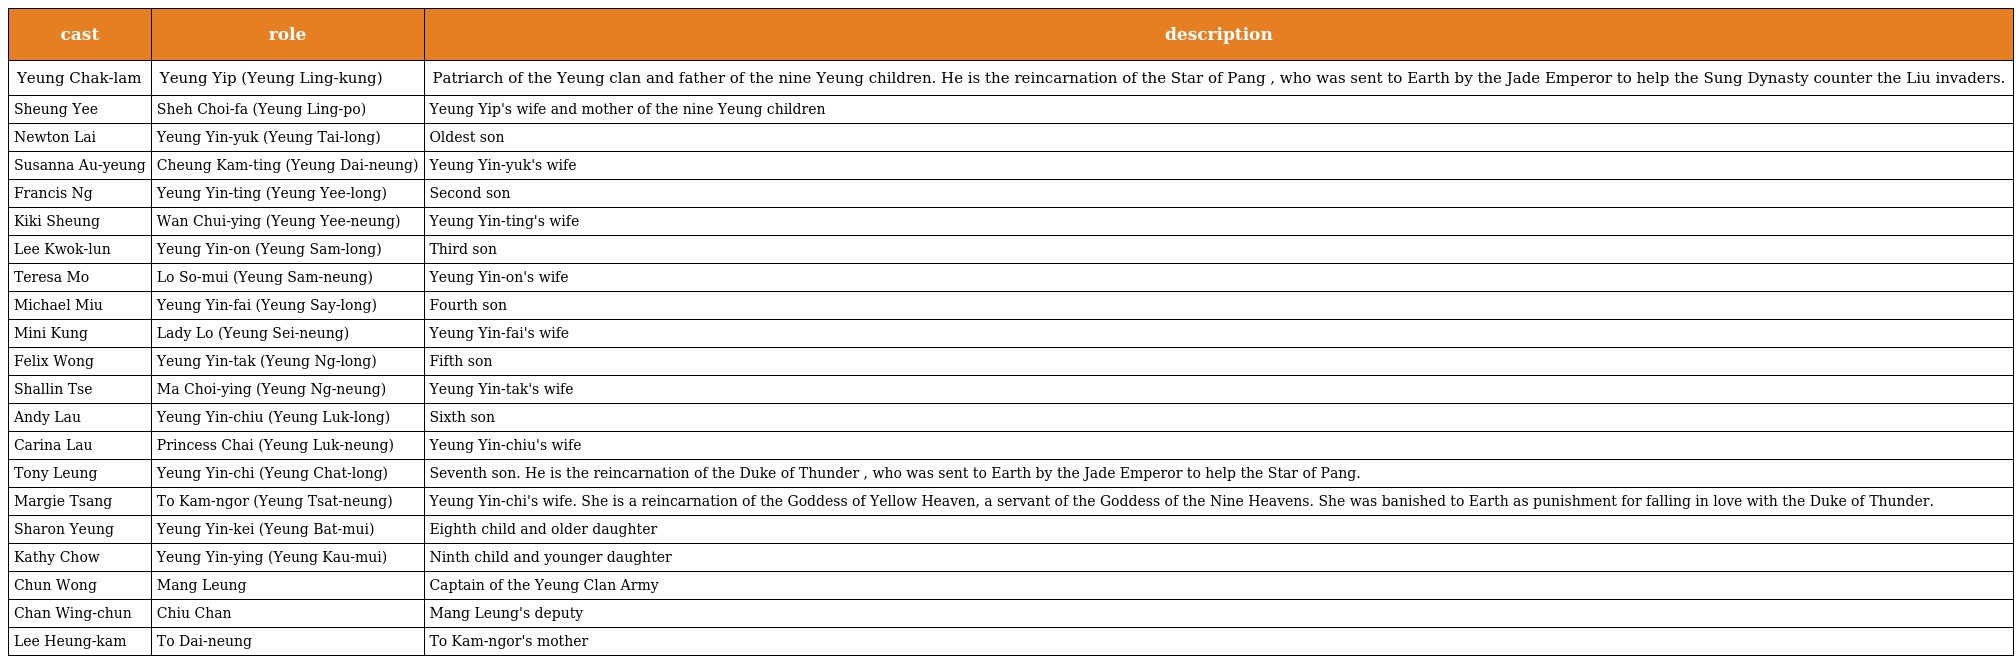
| cast | role | description |
 | --- | --- | --- |
 | Yeung Chak-lam | Yeung Yip (Yeung Ling-kung) | Patriarch of the Yeung clan and father of the nine Yeung children. He is the reincarnation of the Star of Pang , who was sent to Earth by the Jade Emperor to help the Sung Dynasty counter the Liu invaders. |
 | Sheung Yee | Sheh Choi-fa (Yeung Ling-po) | Yeung Yip's wife and mother of the nine Yeung children |
 | Newton Lai | Yeung Yin-yuk (Yeung Tai-long) | Oldest son |
 | Susanna Au-yeung | Cheung Kam-ting (Yeung Dai-neung) | Yeung Yin-yuk's wife |
 | Francis Ng | Yeung Yin-ting (Yeung Yee-long) | Second son |
 | Kiki Sheung | Wan Chui-ying (Yeung Yee-neung) | Yeung Yin-ting's wife |
 | Lee Kwok-lun | Yeung Yin-on (Yeung Sam-long) | Third son |
 | Teresa Mo | Lo So-mui (Yeung Sam-neung) | Yeung Yin-on's wife |
 | Michael Miu | Yeung Yin-fai (Yeung Say-long) | Fourth son |
 | Mini Kung | Lady Lo (Yeung Sei-neung) | Yeung Yin-fai's wife |
 | Felix Wong | Yeung Yin-tak (Yeung Ng-long) | Fifth son |
 | Shallin Tse | Ma Choi-ying (Yeung Ng-neung) | Yeung Yin-tak's wife |
 | Andy Lau | Yeung Yin-chiu (Yeung Luk-long) | Sixth son |
 | Carina Lau | Princess Chai (Yeung Luk-neung) | Yeung Yin-chiu's wife |
 | Tony Leung | Yeung Yin-chi (Yeung Chat-long) | Seventh son. He is the reincarnation of the Duke of Thunder , who was sent to Earth by the Jade Emperor to help the Star of Pang. |
 | Margie Tsang | To Kam-ngor (Yeung Tsat-neung) | Yeung Yin-chi's wife. She is a reincarnation of the Goddess of Yellow Heaven, a servant of the Goddess of the Nine Heavens. She was banished to Earth as punishment for falling in love with the Duke of Thunder. |
 | Sharon Yeung | Yeung Yin-kei (Yeung Bat-mui) | Eighth child and older daughter |
 | Kathy Chow | Yeung Yin-ying (Yeung Kau-mui) | Ninth child and younger daughter |
 | Chun Wong | Mang Leung | Captain of the Yeung Clan Army |
 | Chan Wing-chun | Chiu Chan | Mang Leung's deputy |
 | Lee Heung-kam | To Dai-neung | To Kam-ngor's mother |